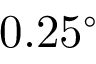
0 . 2 5 ^ { \circ }